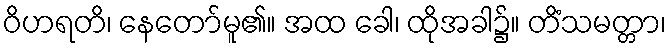
ဝိဟရတိ၊ နေတော်မူ၏။ အထ ခေါ၊ ထိုအခါ၌။ တိံသမတ္တာ၊